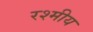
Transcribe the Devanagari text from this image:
रश्मीय